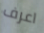
اعرف